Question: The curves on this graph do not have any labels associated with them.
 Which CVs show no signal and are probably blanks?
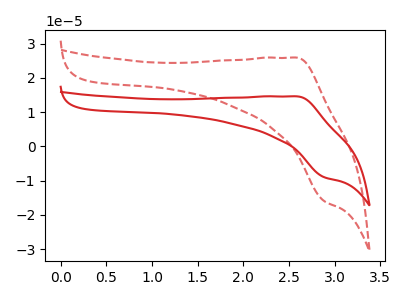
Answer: <think>The red curve "red" has an anodic peak at (2.60V, 14.60uA) and a cathodic peak at (2.90V, -9.00uA). The red dashed curve "red dashed" has an anodic peak at (2.60V, 25.90uA) and a cathodic peak at (2.90V, -15.95uA).</think>
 <answer>There are not any CV's on this graph that are likely to be blanks.</answer>
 <eval>none</eval>